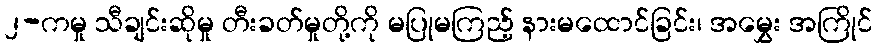
၂-ကမှု သီချင်းဆိုမှု တီးခတ်မှုတို့ကို မပြုမကြည့် နားမထောင်ခြင်း၊ အမွှေး အကြိုင်